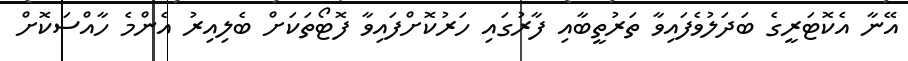
އޭނާ އެކޮޓަރީގެ ބަދަލުވެފައިވާ ތަރުތީބާއި ފާރުގައި ހަރުކޮށްފައިވާ ފޮޓޯތަކަށް ބެލިއިރު އެންމެ ހާއްސަކޮށް